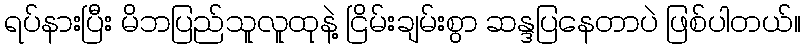
ရပ်နားပြီး မိဘပြည်သူလူထုနဲ့ ငြိမ်းချမ်းစွာ ဆန္ဒပြနေတာပဲ ဖြစ်ပါတယ်။